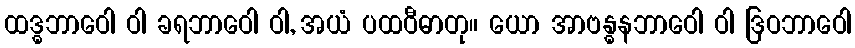
ထဒ္ဓဘာဝေါ ဝါ ခရဘာဝေါ ဝါ, အယံ ပထဝီဓာတု။ ယော အာဗန္ဓနဘာဝေါ ဝါ ဒြဝဘာဝေါ